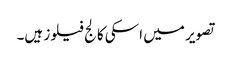
تصویر میں اسکی کالج فیلوز ہیں۔